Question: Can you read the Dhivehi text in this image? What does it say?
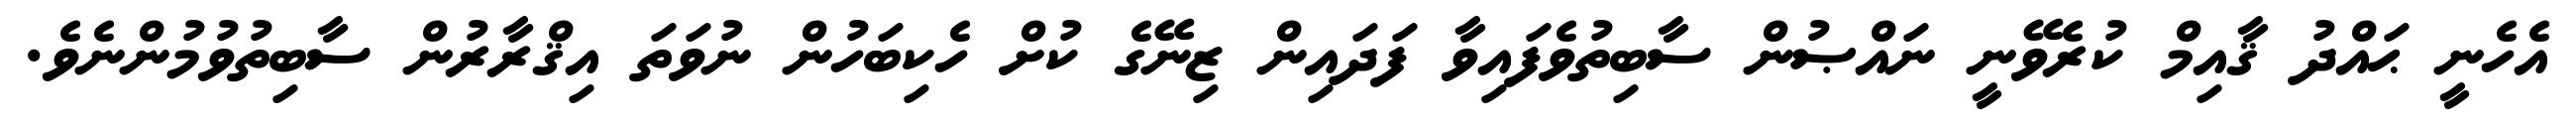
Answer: އެހެނީ ޙައްދު ޤާއިމް ކުރެވޭނީ ނައްޞުން ސާބިތުވެފައިވާ ފަދައިން ޒިނޭގެ ކުށް ހެކިބަހުން ނުވަތަ އިޤްރާރުން ސާބިތުވުމުންނެވެ.